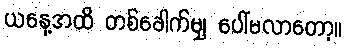
ယနေ့အထိ တစ်ခေါက်မျှ ပေါ်မလာတော့။